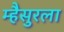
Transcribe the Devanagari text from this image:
म्हैसुरला